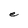
Character: e